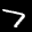
Label: 7